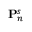
\mathbf { P } _ { n } ^ { s }